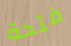
فتحة